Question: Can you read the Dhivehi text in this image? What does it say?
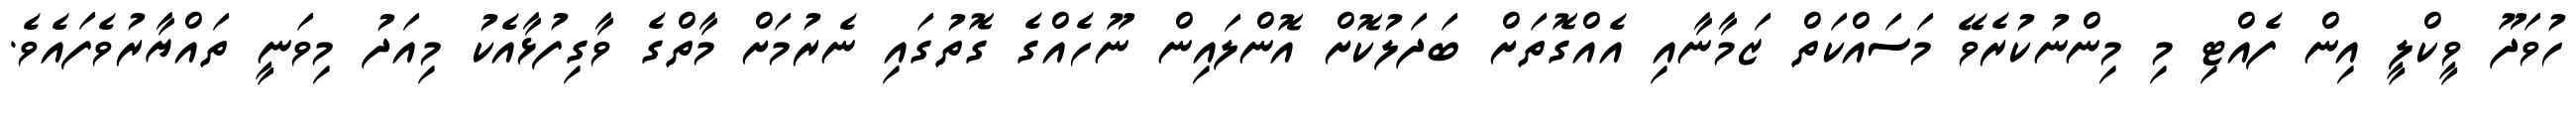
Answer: ހުވަދޫ ވީކްލީ އިން ފެއްޓި މި މިންނުކުރެވޭ މަސައްކަތް ޒަމާނާއި އެއްގޮތަށް ބަދަލުކޮށް އޮންލައިން ނޫހެއްގެ ގޮތުގައި ނެރުމަށް މާތްގެ ވާގިފުޅާއެކު މިއަދު މިވަނީ ތައްޔާރުވެފައެވެ.